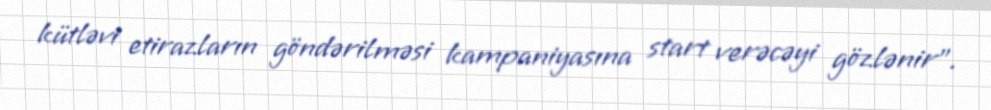
kütləvi etirazların göndərilməsi kampaniyasına start verəcəyi gözlənir”.